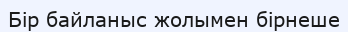
Бір байланыс жолымен бірнеше